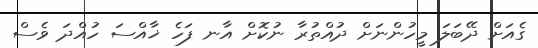
ގެއަށް ދޭބަލަ މީހުންނަށް ދުއްތުރާ ނުކޮށް އާނ ފަހެ ޚާއްސަ ހުއްދަ ވެސް